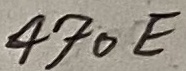
Text: 470E